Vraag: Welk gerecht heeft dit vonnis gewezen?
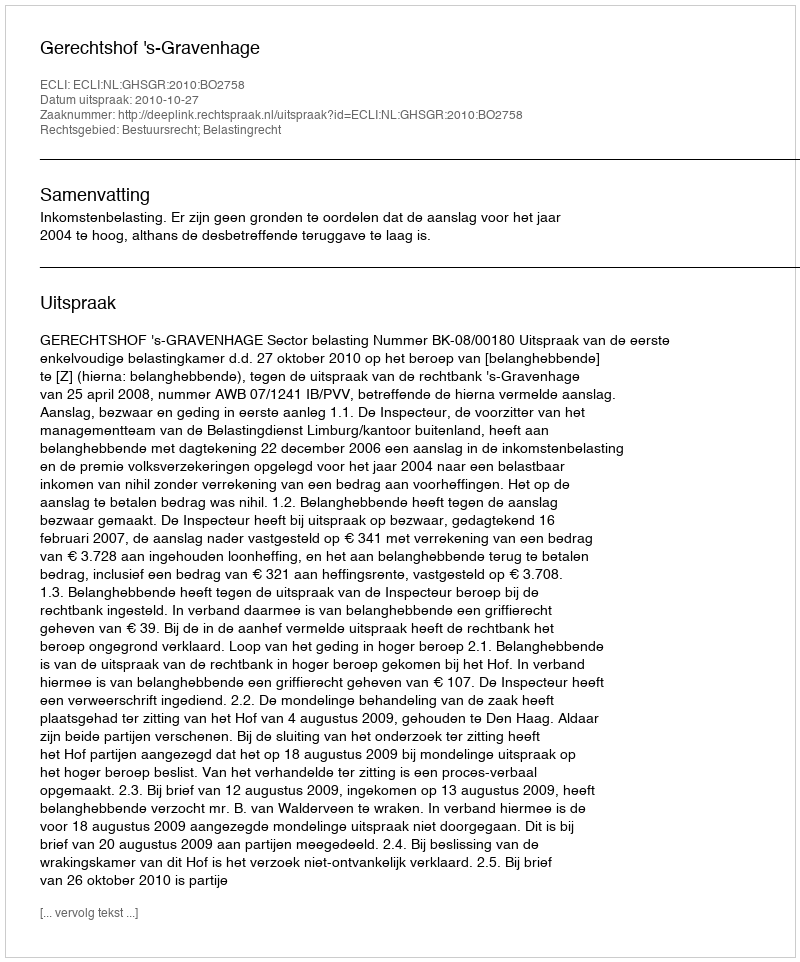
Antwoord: Gerechtshof 's-Gravenhage